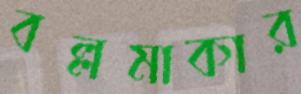
বল্লমাকার